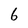
Character: 6